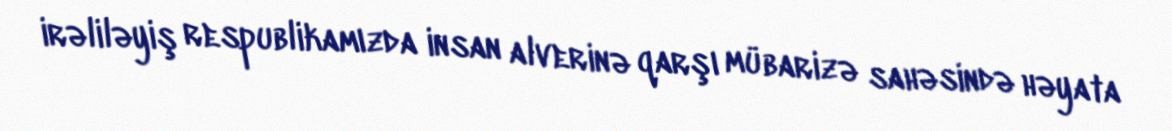
irəliləyiş respublikamızda insan alverinə qarşı mübarizə sahəsində həyata